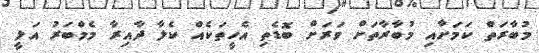
މުބާރަތް ކަމަށާއި މުބާރާތަށް ވަރަށް ބޮޑެތި އެހީތަކެއް ކެލާ ދާއިރާ މެމްބަރު އަލީ